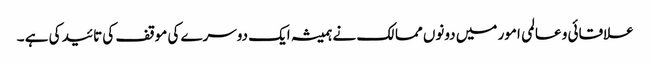
علاقائی و عالمی امور میں دونوں ممالک نے ہمیشہ ایک دوسرے کی موقف کی تائید کی ہے ۔